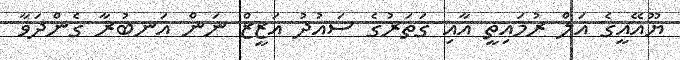
ޔޫއޭއީގެ އަލް ރުމައިތީ އާއި ގަތަރުގެ ސައުދު އަޒީޒް ނަން އަނބުރާ ގެންދަވާ